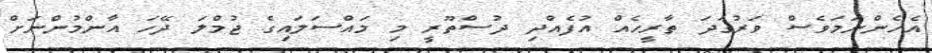
އެހެންނަމަވެސް ވަރުގަދަ ތާރީހެއް އުފެއްދި ދުސްތޫރީ މި މައްސަލައިގެ ޖުމްލަ ދޭހަ އާންމުންނަށް